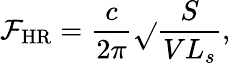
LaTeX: \mathcal{F}_{\mathrm{{HR}}}=\frac{{c}}{{2\pi}}\sqrt{}{{\frac{{S}}{{VL_{s}}}}},